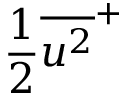
\frac { 1 } { 2 } \overline { { u ^ { 2 } } } ^ { + }